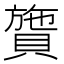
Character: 䞄